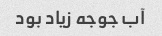
آب جوجه زیاد بود